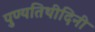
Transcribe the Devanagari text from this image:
पुण्यतिथीदिनी